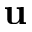
\mathbf { u }